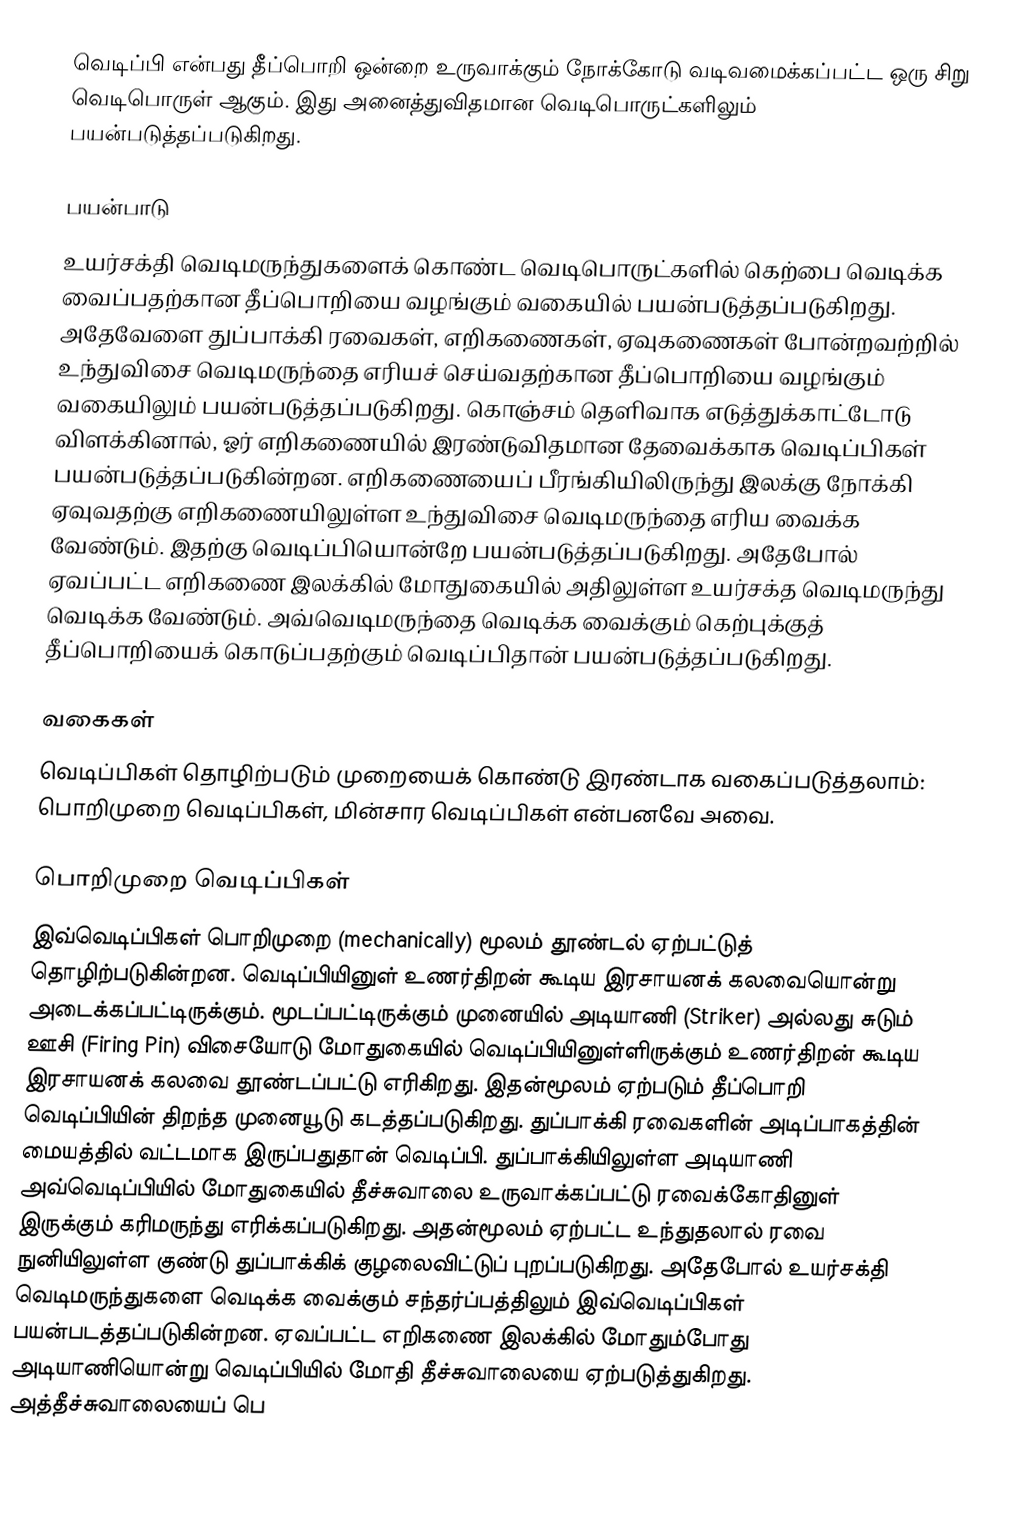
வெடிப்பி என்பது தீப்பொறி ஒன்றை உருவாக்கும் நோக்கோடு வடிவமைக்கப்பட்ட ஒரு சிறு வெடிபொருள் ஆகும். இது அனைத்துவிதமான வெடிபொருட்களிலும் பயன்படுத்தப்படுகிறது.

பயன்பாடு
உயர்சக்தி வெடிமருந்துகளைக் கொண்ட வெடிபொருட்களில் கெற்பை வெடிக்க வைப்பதற்கான தீப்பொறியை வழங்கும் வகையில் பயன்படுத்தப்படுகிறது. அதேவேளை துப்பாக்கி ரவைகள், எறிகணைகள், ஏவுகணைகள் போன்றவற்றில் உந்துவிசை வெடிமருந்தை எரியச் செய்வதற்கான தீப்பொறியை வழங்கும் வகையிலும் பயன்படுத்தப்படுகிறது. கொஞ்சம் தெளிவாக எடுத்துக்காட்டோடு விளக்கினால், ஓர் எறிகணையில் இரண்டுவிதமான தேவைக்காக வெடிப்பிகள் பயன்படுத்தப்படுகின்றன. எறிகணையைப் பீரங்கியிலிருந்து இலக்கு நோக்கி ஏவுவதற்கு எறிகணையிலுள்ள உந்துவிசை வெடிமருந்தை எரிய வைக்க வேண்டும். இதற்கு வெடிப்பியொன்றே பயன்படுத்தப்படுகிறது. அதேபோல் ஏவப்பட்ட எறிகணை இலக்கில் மோதுகையில் அதிலுள்ள உயர்சக்த வெடிமருந்து வெடிக்க வேண்டும். அவ்வெடிமருந்தை வெடிக்க வைக்கும் கெற்புக்குத் தீப்பொறியைக் கொடுப்பதற்கும் வெடிப்பிதான் பயன்படுத்தப்படுகிறது.

வகைகள்
வெடிப்பிகள் தொழிற்படும் முறையைக் கொண்டு இரண்டாக வகைப்படுத்தலாம்: பொறிமுறை வெடிப்பிகள், மின்சார வெடிப்பிகள் என்பனவே அவை.

பொறிமுறை வெடிப்பிகள்
இவ்வெடிப்பிகள் பொறிமுறை (mechanically) மூலம் தூண்டல் ஏற்பட்டுத் தொழிற்படுகின்றன. வெடிப்பியினுள் உணர்திறன் கூடிய இரசாயனக் கலவையொன்று அடைக்கப்பட்டிருக்கும். மூடப்பட்டிருக்கும் முனையில் அடியாணி (Striker) அல்லது சுடும் ஊசி (Firing Pin) விசையோடு மோதுகையில் வெடிப்பியினுள்ளிருக்கும் உணர்திறன் கூடிய இரசாயனக் கலவை தூண்டப்பட்டு எரிகிறது. இதன்மூலம் ஏற்படும் தீப்பொறி வெடிப்பியின் திறந்த முனையூடு கடத்தப்படுகிறது. துப்பாக்கி ரவைகளின் அடிப்பாகத்தின் மையத்தில் வட்டமாக இருப்பதுதான் வெடிப்பி. துப்பாக்கியிலுள்ள அடியாணி அவ்வெடிப்பியில் மோதுகையில் தீச்சுவாலை உருவாக்கப்பட்டு ரவைக்கோதினுள் இருக்கும் கரிமருந்து எரிக்கப்படுகிறது. அதன்மூலம் ஏற்பட்ட உந்துதலால் ரவை நுனியிலுள்ள குண்டு துப்பாக்கிக் குழலைவிட்டுப் புறப்படுகிறது. அதேபோல் உயர்சக்தி வெடிமருந்துகளை வெடிக்க வைக்கும் சந்தர்ப்பத்திலும் இவ்வெடிப்பிகள் பயன்படத்தப்படுகின்றன. ஏவப்பட்ட எறிகணை இலக்கில் மோதும்போது அடியாணியொன்று வெடிப்பியில் மோதி தீச்சுவாலையை ஏற்படுத்துகிறது. அத்தீச்சுவாலையைப் பெ